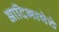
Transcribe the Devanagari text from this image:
आदिभाषेचे